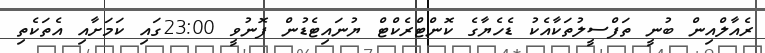
ރެއާލްއިން ބުނީ ތަފްސީލުތަކާއެކު ޑެހެޔާގެ ކޮންޓްރެކްޓް ޔުނައިޓެޑުން ފޮނުވީ 23:00ގައި ކަމަށާއި އެތަކެތި